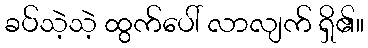
ခပ်သဲ့သဲ့ ထွက်ပေါ် လာလျက် ရှိ၏။